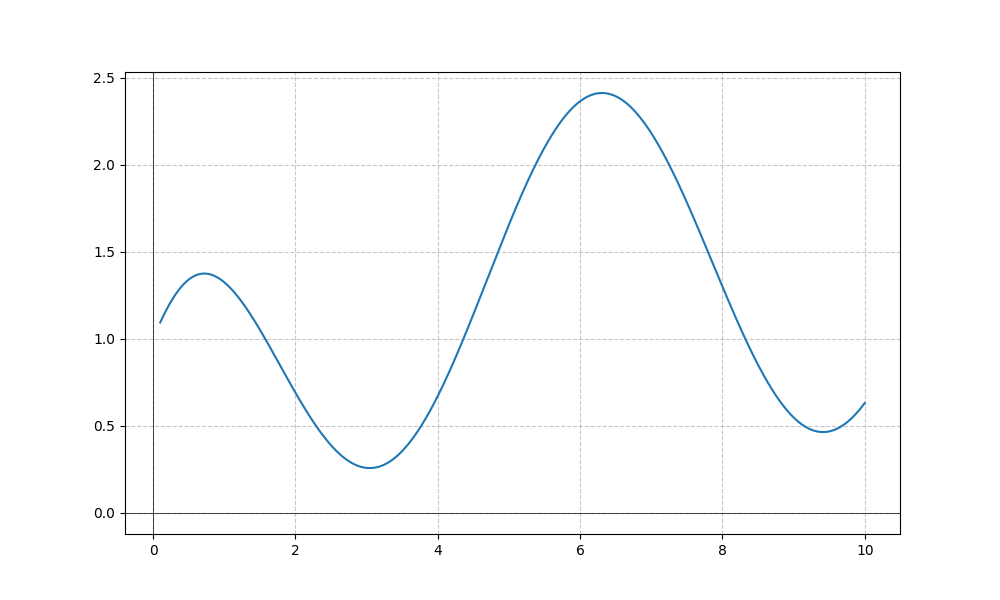
LaTeX formula: \cos{\left(x \right)} + \operatorname{atan}{\left(x \right)}